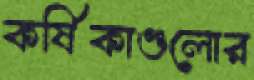
কর্ষিকাগুলোর